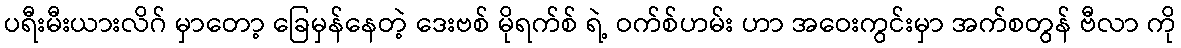
ပရီးမီးယားလိဂ် မှာတော့ ခြေမှန်နေတဲ့ ဒေးဗစ် မိုရက်စ် ရဲ့ ဝက်စ်ဟမ်း ဟာ အဝေးကွင်းမှာ အက်စတွန် ဗီလာ ကို